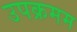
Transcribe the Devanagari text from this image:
उपक्रमम